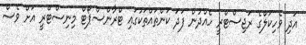
އަދި ވެހިކަލްގެ ރަޖިސްޓްރީ ހެއްދުން ފަދަ ކަންތައްތަކުގައި ޓްރާންސްޕޯޓް މިނިސްޓްރީ އަށް ވެސް